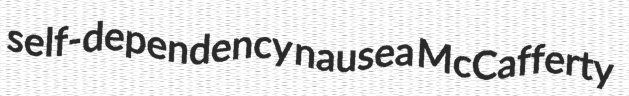
self-dependency nausea McCafferty